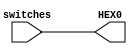
module TopLevel_7_segment_LED (
    switches,
    HEX0
);

input [0:6] switches;
output [0:6] HEX0;

// Connect switches to HEX0 segments.
assign HEX0 = switches; 

    
endmodule